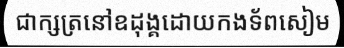
ជាក្សត្រនៅឧដុង្គដោយកងទ័ពសៀម